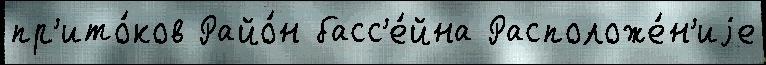
пр'ито́ков Райо́н басс'е́йна Расположе́н'иjе